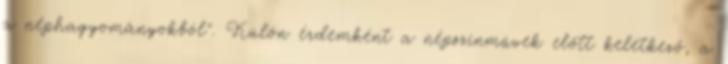
a néphagyományokból". Külön érdemként a népszínművek előtt keletkező, a